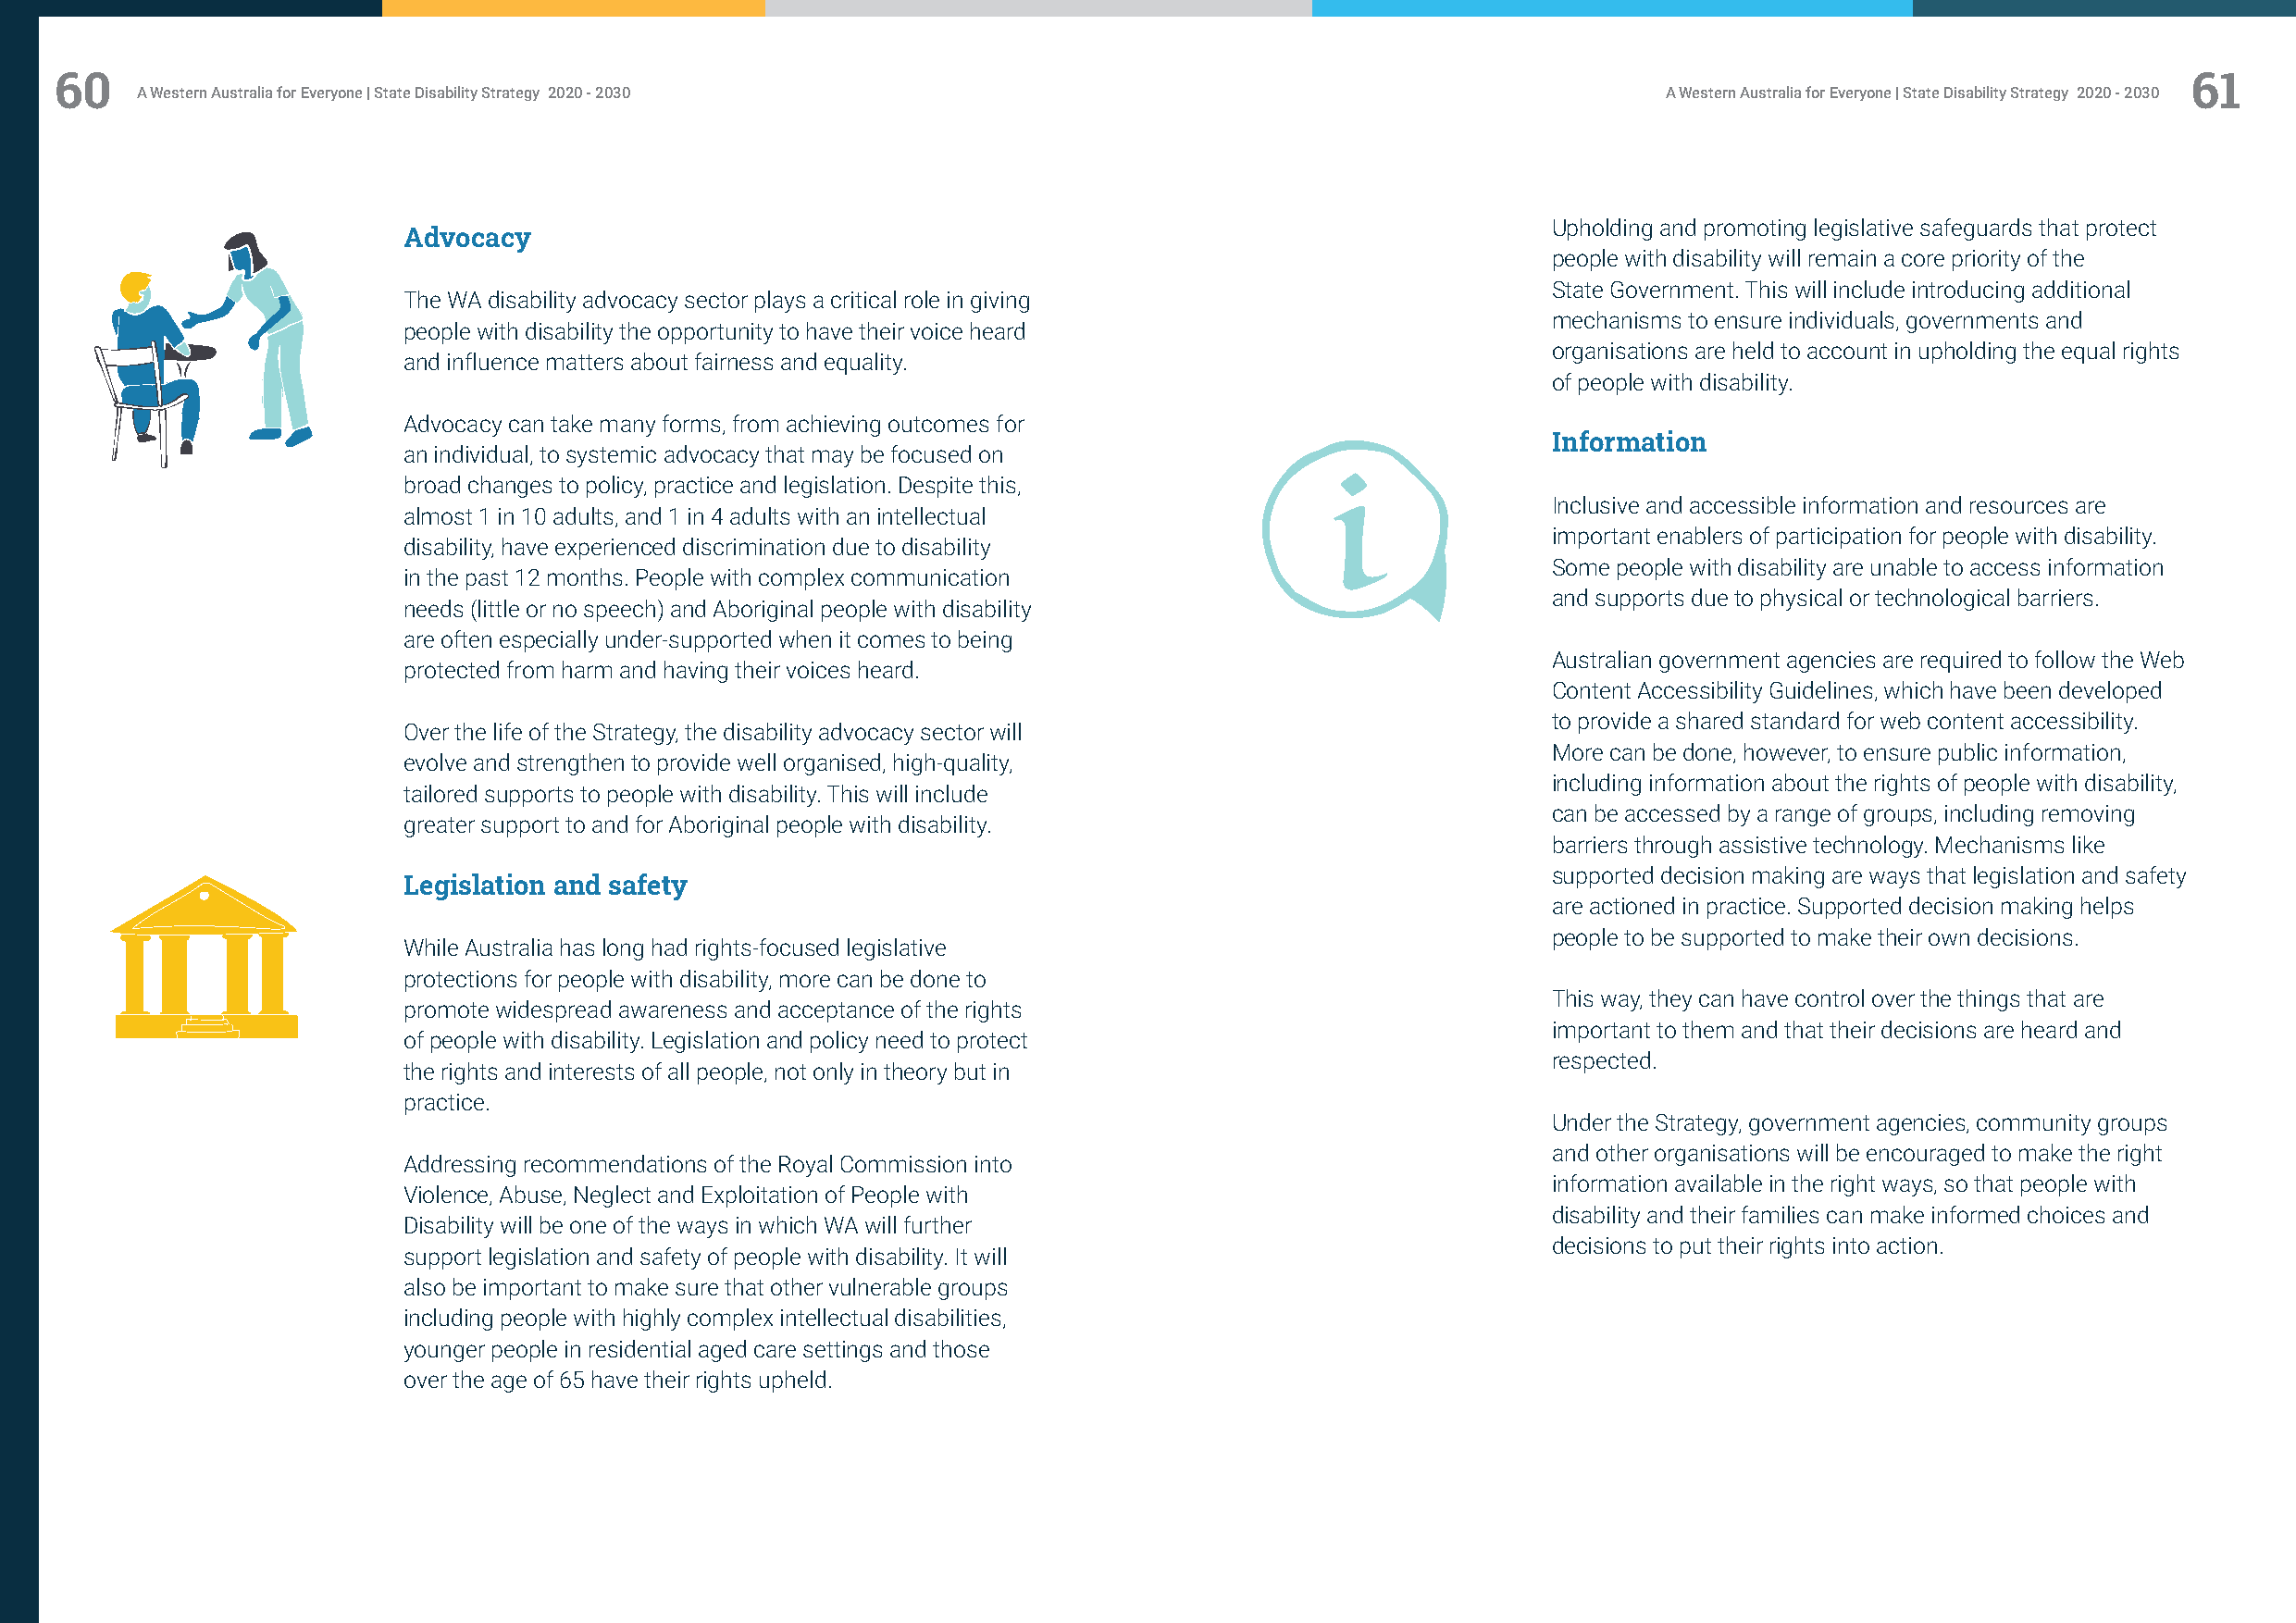
60                                                                                                                                                       61
 A Western Australia for Everyone | State Disability Strategy 2020 - 2030                                     A Western Australia for Everyone | State Disability Strategy 2020 - 2030
 Upholding and promoting legislative safeguards that protect
 Advocacy
 people with disability will remain a core priority of the
 State Government. This will include introducing additional
 The WA disability advocacy sector plays a critical role in giving
 mechanisms to ensure individuals, governments and
 people with disability the opportunity to have their voice heard
 organisations are held to account in upholding the equal rights
 and influence matters about fairness and equality.
 of people with disability.
 Advocacy can take many forms, from achieving outcomes for
 Information
 an individual, to systemic advocacy that may be focused on
 broad changes to policy, practice and legislation. Despite this,
 Inclusive and accessible information and resources are
 almost 1 in 10 adults, and 1 in 4 adults with an intellectual
 important enablers of participation for people with disability.
 disability, have experienced discrimination due to disability
 Some people with disability are unable to access information
 in the past 12 months. People with complex communication
 and supports due to physical or technological barriers.
 needs (little or no speech) and Aboriginal people with disability
 are often especially under-supported when it comes to being
 Australian government agencies are required to follow the Web
 protected from harm and having their voices heard.
 Content Accessibility Guidelines, which have been developed
 to provide a shared standard for web content accessibility.
 Over the life of the Strategy, the disability advocacy sector will
 More can be done, however, to ensure public information,
 evolve and strengthen to provide well organised, high-quality,
 including information about the rights of people with disability,
 tailored supports to people with disability. This will include
 can be accessed by a range of groups, including removing
 greater support to and for Aboriginal people with disability.
 barriers through assistive technology. Mechanisms like
 supported decision making are ways that legislation and safety
 Legislation and safety
 are actioned in practice. Supported decision making helps
 people to be supported to make their own decisions.
 While Australia has long had rights-focused legislative
 protections for people with disability, more can be done to
 This way, they can have control over the things that are
 promote widespread awareness and acceptance of the rights
 important to them and that their decisions are heard and
 of people with disability. Legislation and policy need to protect
 respected.
 the rights and interests of all people, not only in theory but in
 practice.
 Under the Strategy, government agencies, community groups
 and other organisations will be encouraged to make the right
 Addressing recommendations of the Royal Commission into
 information available in the right ways, so that people with
 Violence, Abuse, Neglect and Exploitation of People with
 disability and their families can make informed choices and
 Disability will be one of the ways in which WA will further
 decisions to put their rights into action.
 support legislation and safety of people with disability. It will
 also be important to make sure that other vulnerable groups
 including people with highly complex intellectual disabilities,
 younger people in residential aged care settings and those
 over the age of 65 have their rights upheld.